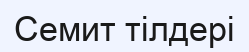
Семит тілдері